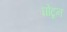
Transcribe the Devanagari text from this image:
घोटून